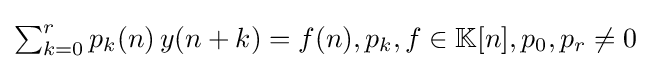
{\textstyle \sum _{k=0}^{r}p_{k}(n)\,y(n+k)=f(n),p_{k},f\in \mathbb {K} [n],p_{0},p_{r}\neq 0}